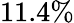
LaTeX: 11.4\%